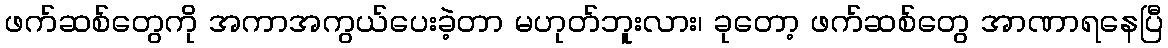
ဖက်ဆစ်တွေကို အကာအကွယ်ပေးခဲ့တာ မဟုတ်ဘူးလား၊ ခုတော့ ဖက်ဆစ်တွေ အာဏာရနေပြီ